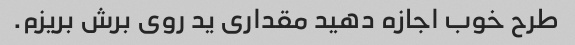
طرح خوب اجازه دهید مقداری ید روی برش بریزم.